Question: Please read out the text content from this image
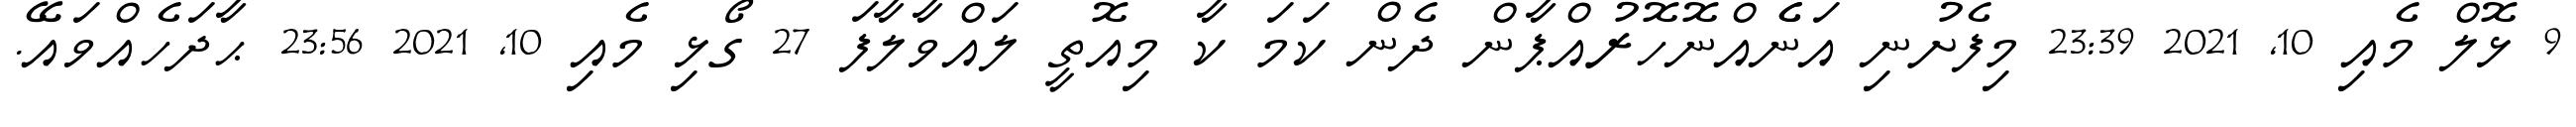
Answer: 9 ޅޮލް މެއި 10, 2021 23:39 މިފެށުނި އަނެެއްނޮހޮރުއްޕާން ދެން ކަމަ ކާ މިއޮތީ ލައްވާލާފަ 27 ގޯޅި މެއި 10, 2021 23:56 ޙާދަހެއްވައޭ.